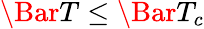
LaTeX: \Bar{T}\leq\Bar{T}_{c}